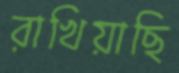
রাখিয়াছি